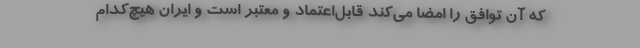
که آن توافق را امضا می‌کند قابل‌اعتماد و معتبر است و ایران هیچ‌کدام